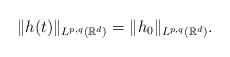
LaTeX: \begin{align*}\| h(t) \|_{L^{p,q}(\mathbb R^d)} = \|h_0\|_{L^{p,q}(\mathbb R^d)}.\end{align*}